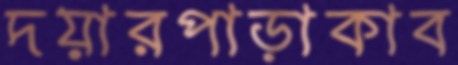
দয়ারপাড়াকাব